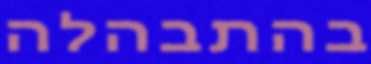
בהתבהלה